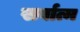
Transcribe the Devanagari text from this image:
सर्वात्म